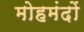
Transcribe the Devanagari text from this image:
मोहमंदों